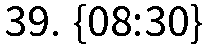
39. {08:30}